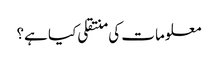
معلومات کی منتقلی کیا ہے؟